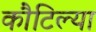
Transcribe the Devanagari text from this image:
कौटिल्या